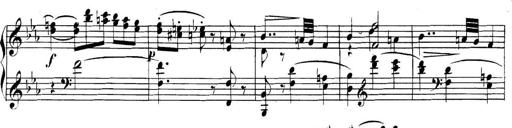
Title: Collected Piano Sonatas
Composer: Muzio Clementi